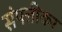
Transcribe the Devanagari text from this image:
संपत्तीकर